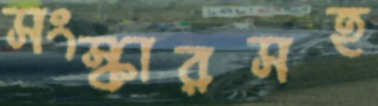
সংস্কারসহ